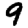
Digit: 9